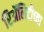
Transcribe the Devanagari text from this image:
रिॲलिटीच्या